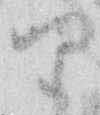
り